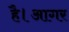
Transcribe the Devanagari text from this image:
है।आगर